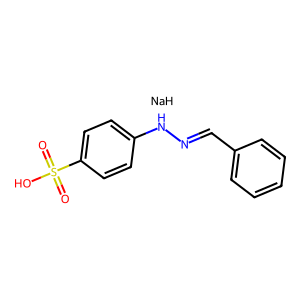
SMILES: O=S(=O)(O)c1ccc(NN=Cc2ccccc2)cc1.[NaH]
Inhibits HIV replication: No